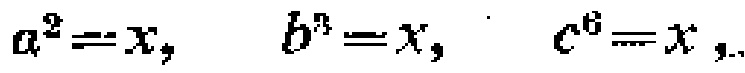
\(a^{2}=x, \quad b^{3}=x, \quad c^{6}=x,\)